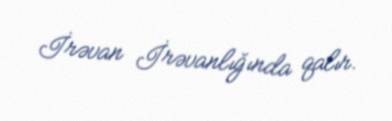
İrəvan İrəvanlığında qalır.